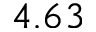
4 . 6 3